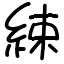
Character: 綀